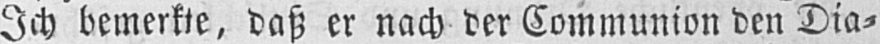
Ich bemerkte, daß er nach der Communion den Dia⸗